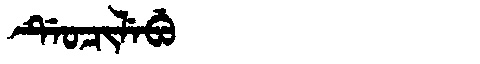
Manchu: ᡩᡝᠣᠴᡳᠯᡝᠪᡠ
Romanization: DEOCILEBU